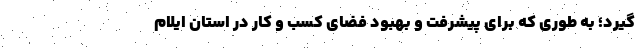
گیرد؛ به طوری که برای پیشرفت و بهبود فضای کسب و کار در استان ایلام